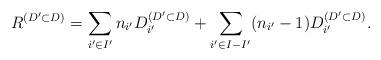
LaTeX: \begin{align*}R^{(D'\subset D)}=\sum_{i'\in I'}n_{i'}D_{i'}^{(D'\subset D)}+\sum_{i'\in I-I'}(n_{i'}-1)D_{i'}^{(D'\subset D)}. \end{align*}